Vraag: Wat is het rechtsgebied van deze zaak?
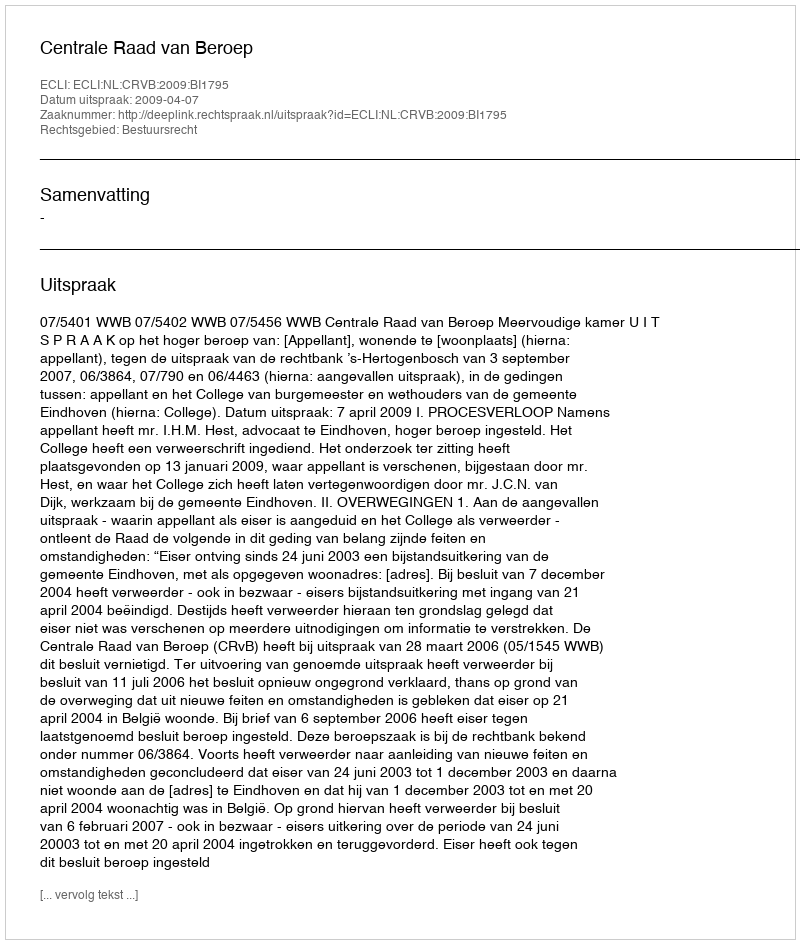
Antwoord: Bestuursrecht